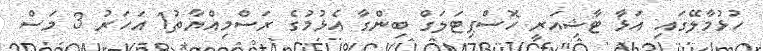
ހުޅުމާލޭގައި އަޅާ ޓާޝިއަރީ ހޮސްޕިޓަލަގް ބިންގާ އެޅުމުގެ ރަސްމިއްޔާތު1 އަހަރު 3 މަސް